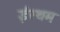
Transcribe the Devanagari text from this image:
ईस्थम